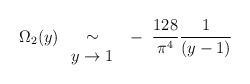
\begin{align*}\Omega_2(y) ~ \begin{array}{c} \\\sim \\ y \rightarrow 1\end{array} ~-~ \frac{128}{\pi^4}\frac{1}{(y-1)}\end{align*}